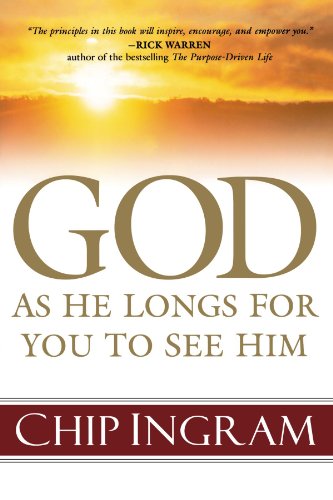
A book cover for God: As He Longs for You to See Him; Chip Ingram; Christian Books & Bibles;